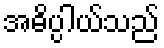
အဓိပ္ပါယ်သည်